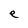
Character: e